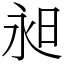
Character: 昶